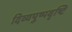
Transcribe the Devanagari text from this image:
दिव्यपुष्पवृष्टि